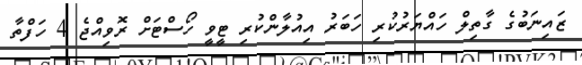
ޒައިނަބުގެ ގާތިލް ހައްޔަރުކުރި ހަބަރު އިއުލާންކުރި ޓީވީ ހޯސްޓަށް ރޮވިއްޖެ 4 ހަފްތާ